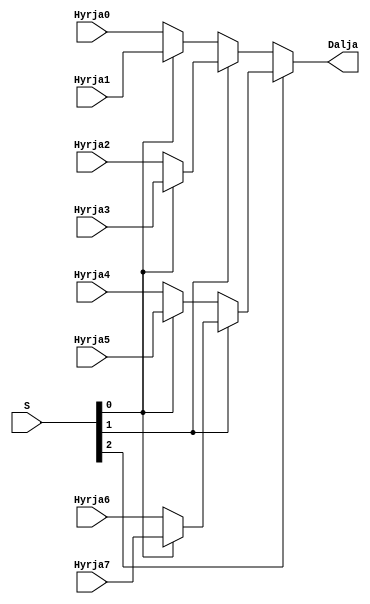
`timescale 1ns / 1ps
//////////////////////////////////////////////////////////////////////////////////
// Company: 
// Engineer: 
// 
// Design Name: 
// Module Name: mux4ne1
// Project Name: 
// Target Devices: 
// Tool Versions: 
// Description: 
// 
// Dependencies: 
// 
// Revision:
// Revision 0.01 - File Created
// Additional Comments:
// 
//////////////////////////////////////////////////////////////////////////////////


module mux8ne1(
    input Hyrja0,
    input Hyrja1,
    input Hyrja2,
    input Hyrja3,
    input Hyrja4,
    input Hyrja5,
    input Hyrja6,
    input Hyrja7,
    input [2:0] S,
    output Dalja
    );
    
    assign Dalja = S[2] ? (S[1] ? (S[0] ? Hyrja7 : Hyrja6) : (S[0] ? Hyrja5 : Hyrja4)) : (S[1] ? (S[0] ? Hyrja3 : Hyrja2) : (S[0] ? Hyrja1 : Hyrja0));
    
endmodule